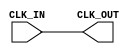
module clock_buffer (
    input wire CLK_IN,     // Input clock signal
    output wire CLK_OUT    // Buffered output clock signal
);

    // Buffer the input clock signal
    assign CLK_OUT = CLK_IN;

endmodule